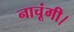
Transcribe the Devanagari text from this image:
नाचूंगी।